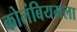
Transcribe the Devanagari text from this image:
कोलंबियमला